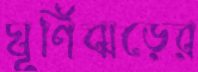
ঘূর্ণিঝড়ের